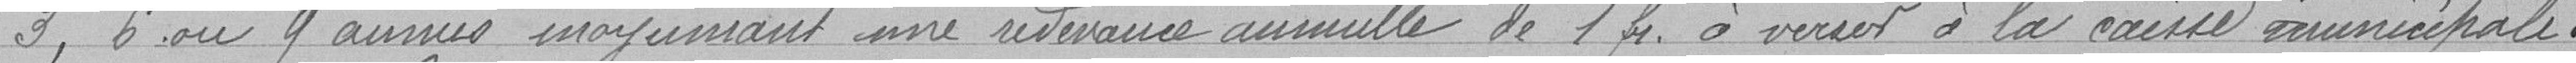
3, 6 ou 9 années moyennant une redevance annuelle de 1 franc à verser à la caisse municipale.